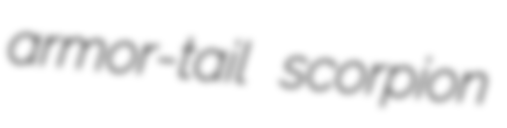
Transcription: armor-tail scorpion